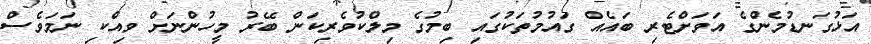
އަޅުގަނޑުމެންގެ އަވަށްޓެރި ބައެއް ގައުމުތަކުގައި ބިމުގެ މިލްކުވެރިކަން ބޭރު މީހުންނަށް ވިއްކި ނަމަވެސް